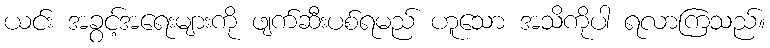
ယင်း အခွင့်အရေးများကို ဖျက်ဆီးပစ်ရမည် ဟူသော အသိကိုပါ ရလာကြသည်။